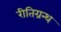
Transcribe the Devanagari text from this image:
रीतिग्रन्थ